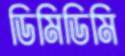
ডিমিডিমি